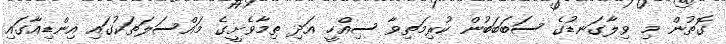
ގޮތުން މި ވިލާގަނޑުގެ ސަބަބަބުން ކުރިމަތިވާ ސިއްހީ އަދި ތިމާވެށީގެ މައްސަލަތަކުގައި އިންޑިއާގައި